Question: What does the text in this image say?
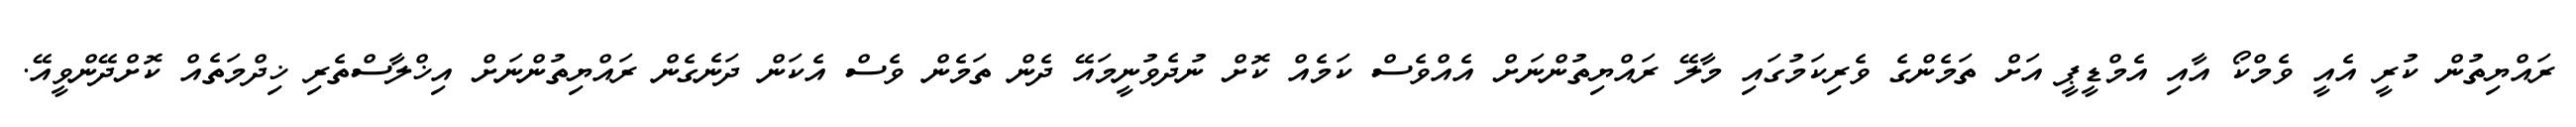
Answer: ރައްޔިތުން ކުރީ އެއީ ވެމްކޯ އާއި އެމްޑީޕީ އަށް ތަމެންގެ ވެރިކަމުގައި މާލޭ ރައްޔިތުންނަށް އެއްވެސް ކަމެއް ކޮށް ނުދެވުނީމައޭ ދެން ތަމެން ވެސް އެކަން ދަނެގެން ރައްޔިތުންނަށް އިޚްލާސްތެރި ޚިދްމަތެއް ކޮށްދޭންވީއޭ.